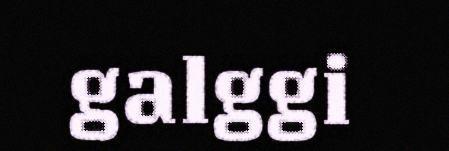
galggi